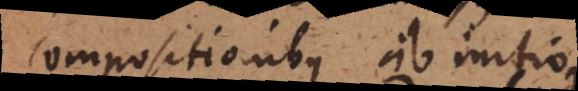
compositionibus ab initio